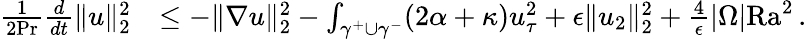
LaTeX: \begin{array}{rl}{\frac{1}{2\mathrm{Pr}}\frac{d}{dt}\| u\| _{2}^{2}}&{\leq-\| \nabla u\| _{2}^{2}-\int_{\gamma^{+}\cup\gamma^{-}}(2\alpha+\kappa)u_{\tau}^{2}+\epsilon\| u_{2}\| _{2}^{2}+\frac{4}{\epsilon}|\Omega|\mathrm{{Ra}}^{2}\, .}\end{array}